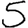
Digit: 5